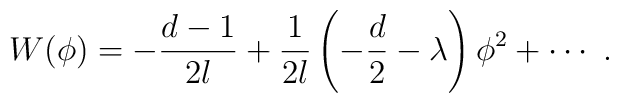
W(\phi) = -\frac{d-1}{2l} +\frac1{2l} \left( -\frac{d}2 -\lambda  \right) \phi^2 +\cdots~.